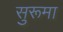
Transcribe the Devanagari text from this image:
सुरूमा